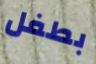
بطفل